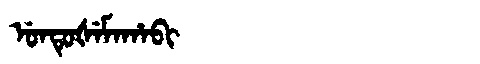
Manchu: ᡠᠨᡨᡠᡧᡝᠮᠠᡥᠠᠪᡳ
Romanization: UNTUŠEMAHABI